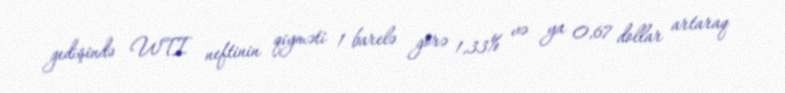
gedişində WTI neftinin qiyməti 1 barelə görə 1,33% və ya 0,67 dollar artaraq